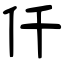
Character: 仟